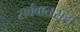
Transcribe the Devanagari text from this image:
सर्ववातसहां